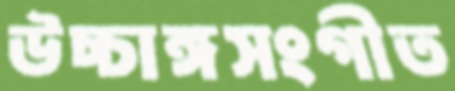
উচ্চাঙ্গসংগীত